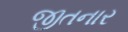
જીતનાર